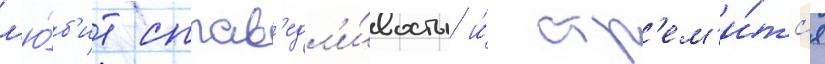
л'ю́б'ит справ'едл'и́вость и́ стр'ем'и́тс'я